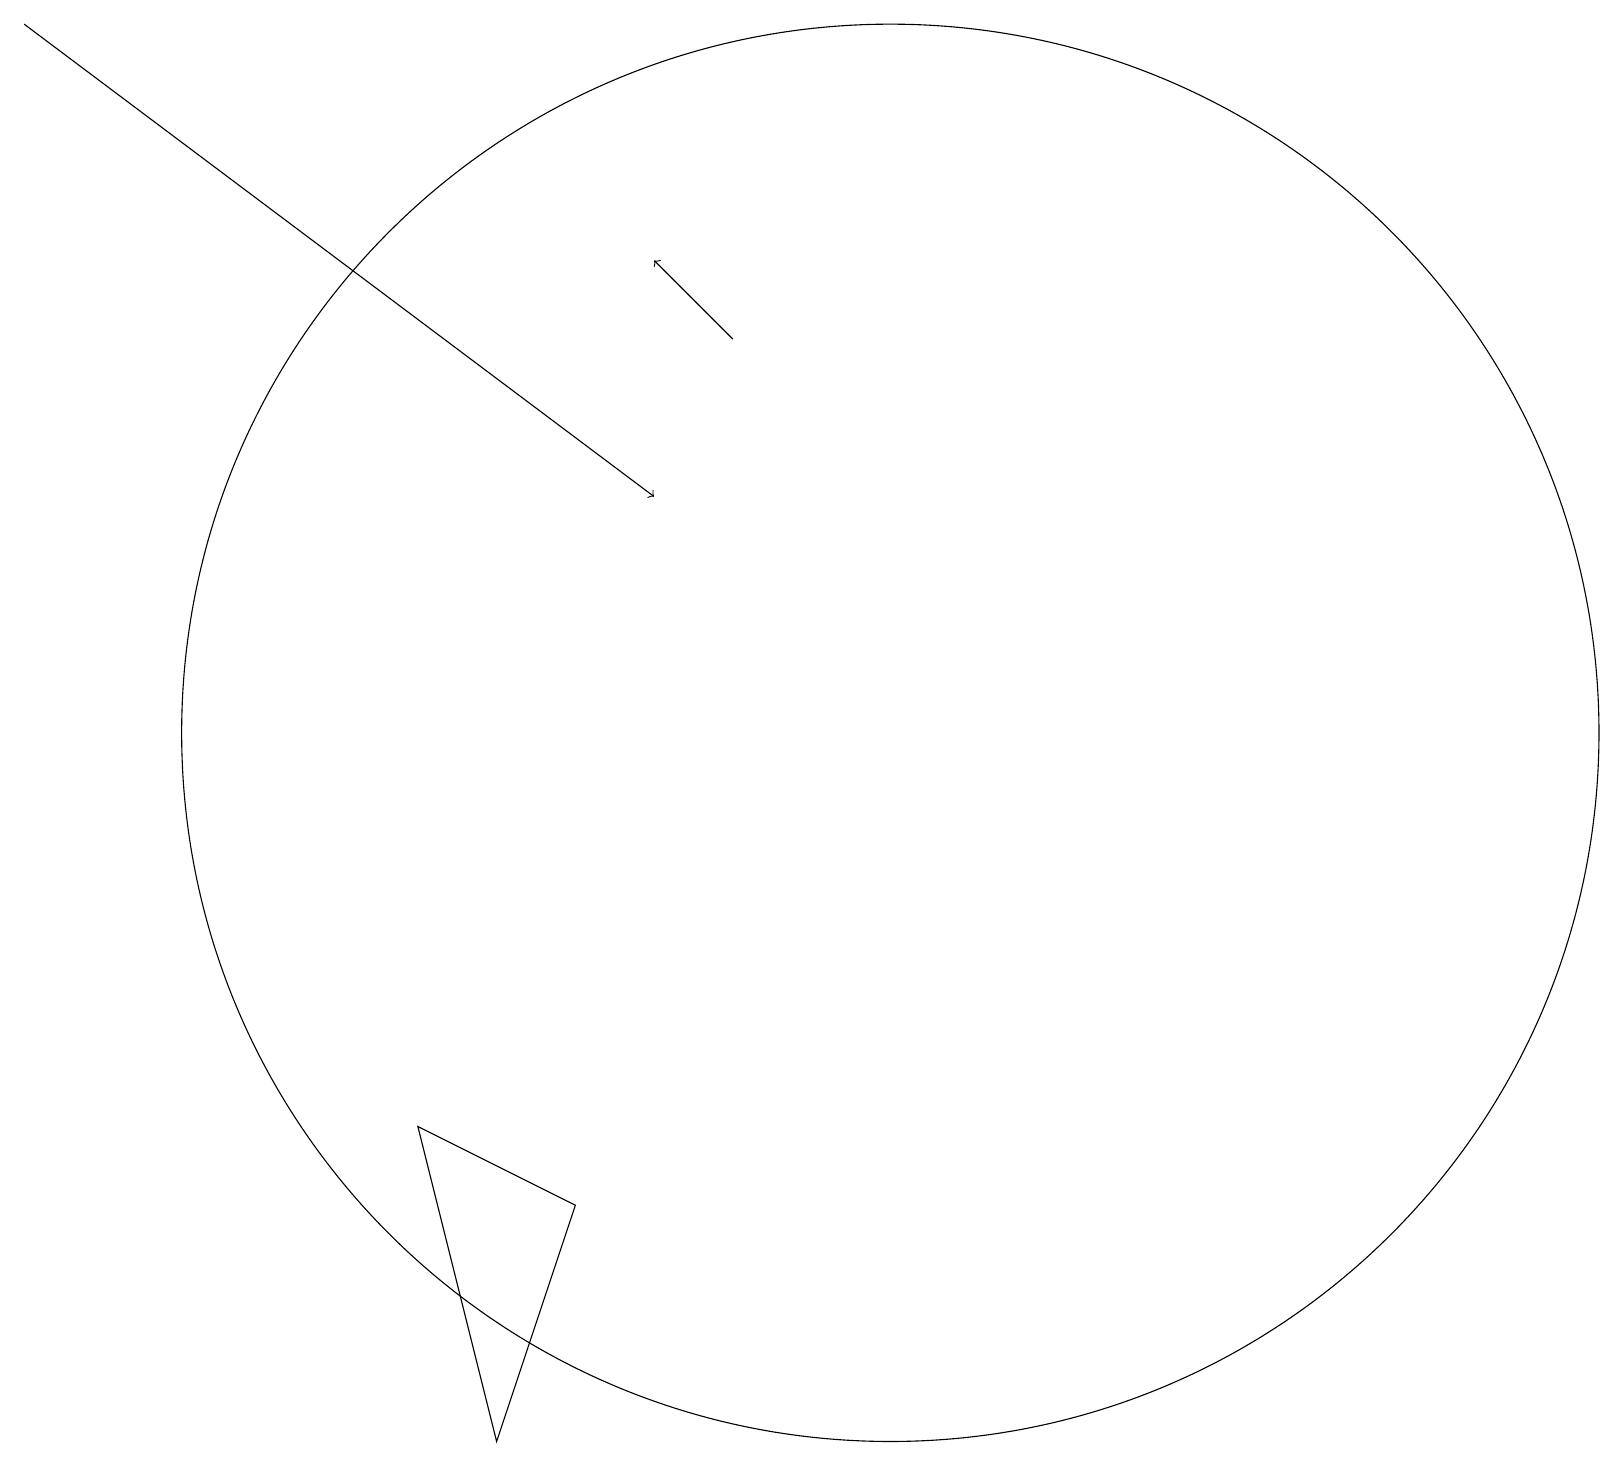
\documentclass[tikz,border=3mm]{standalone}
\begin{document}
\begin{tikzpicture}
\draw[->] (9,15) -- (8,16);
\draw (5,5) -- (6,1) -- (7,4) -- cycle;
\draw (11,10) circle (9);
\draw[->] (0,19) -- (8,13);
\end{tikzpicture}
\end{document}